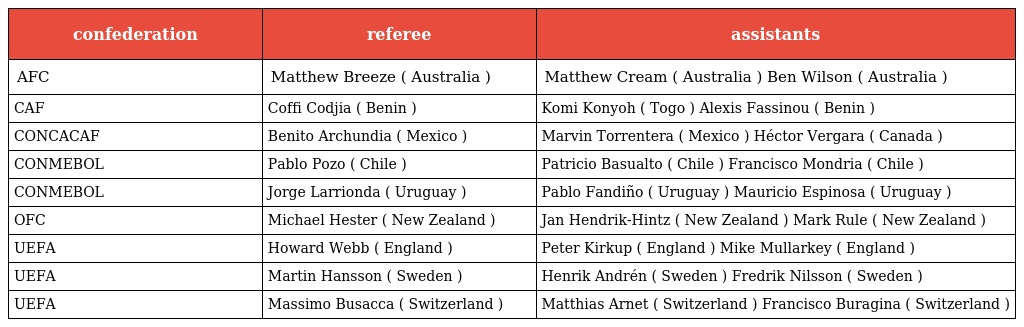
| confederation | referee | assistants |
 | --- | --- | --- |
 | AFC | Matthew Breeze ( Australia ) | Matthew Cream ( Australia ) Ben Wilson ( Australia ) |
 | CAF | Coffi Codjia ( Benin ) | Komi Konyoh ( Togo ) Alexis Fassinou ( Benin ) |
 | CONCACAF | Benito Archundia ( Mexico ) | Marvin Torrentera ( Mexico ) Héctor Vergara ( Canada ) |
 | CONMEBOL | Pablo Pozo ( Chile ) | Patricio Basualto ( Chile ) Francisco Mondria ( Chile ) |
 | CONMEBOL | Jorge Larrionda ( Uruguay ) | Pablo Fandiño ( Uruguay ) Mauricio Espinosa ( Uruguay ) |
 | OFC | Michael Hester ( New Zealand ) | Jan Hendrik-Hintz ( New Zealand ) Mark Rule ( New Zealand ) |
 | UEFA | Howard Webb ( England ) | Peter Kirkup ( England ) Mike Mullarkey ( England ) |
 | UEFA | Martin Hansson ( Sweden ) | Henrik Andrén ( Sweden ) Fredrik Nilsson ( Sweden ) |
 | UEFA | Massimo Busacca ( Switzerland ) | Matthias Arnet ( Switzerland ) Francisco Buragina ( Switzerland ) |